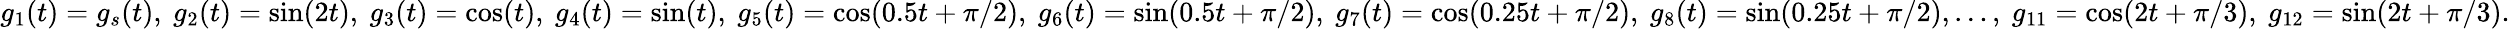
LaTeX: g_{1}(t)=g_{s}(t),~g_{2}(t)=\sin(2t),~g_{3}(t)=\cos(t),~g_{4}(t)=\sin(t),~g_{5}(t)=\cos(0.5t+\pi/2),~g_{6}(t)=\sin(0.5t+\pi/2),~g_{7}(t)=\cos(0.25t+\pi/2),~g_{8}(t)=\sin(0.25t+\pi/2),\ldots,~g_{11}=\cos(2t+\pi/3),~g_{12}=\sin(2t+\pi/3).